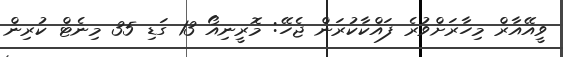
ވީއޭއާރް މިހާރަށްވުރެ ފައްކާކުރަން ޖެހޭ: މޮރީނިއޯ 13 ގަޑި 35 މިނެޓް ކުރިން